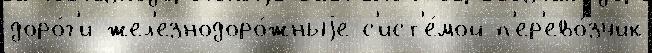
доро́г'и жел'езнодоро́жныjе с'ист'е́мой п'ер'ево́зчик